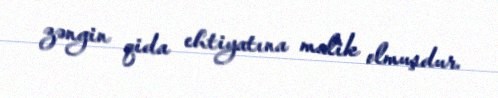
zəngin qida ehtiyatına malik olmuşdur.